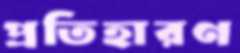
প্রতিহারণ